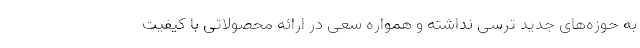
به حوزه‌های جدید ترسی نداشته و همواره سعی در ارائه محصولاتی با کیفیت